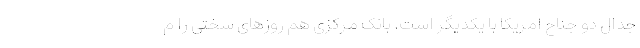
جدال دو جناح امریکا با یکدیگر است. بانک مرکزی هم روزهای سختی را م